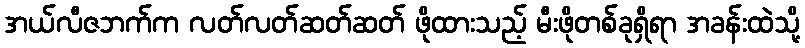
အယ်လီဇဘက်က လတ်လတ်ဆတ်ဆတ် ဖိုထားသည့် မီးဖိုတစ်ခုရှိရာ အခန်းထဲသို့